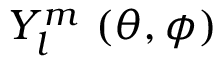
Y _ { l } ^ { m } \, \left( \theta , \phi \right)